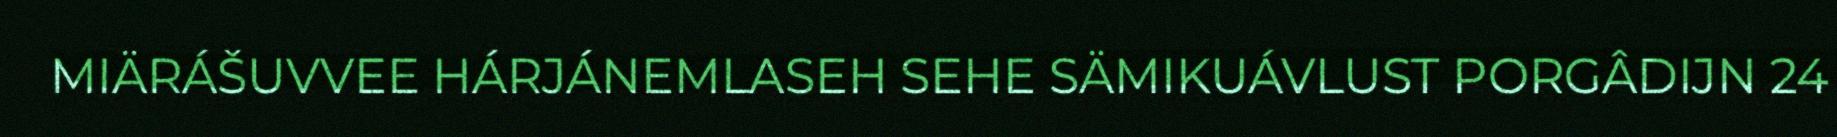
MIÄRÁŠUVVEE HÁRJÁNEMLASEH SEHE SÄMIKUÁVLUST PORGÂDIJN 24